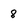
Character: 8